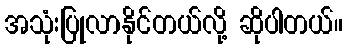
အသုံးပြုလာနိုင်တယ်လို့ ဆိုပါတယ်။